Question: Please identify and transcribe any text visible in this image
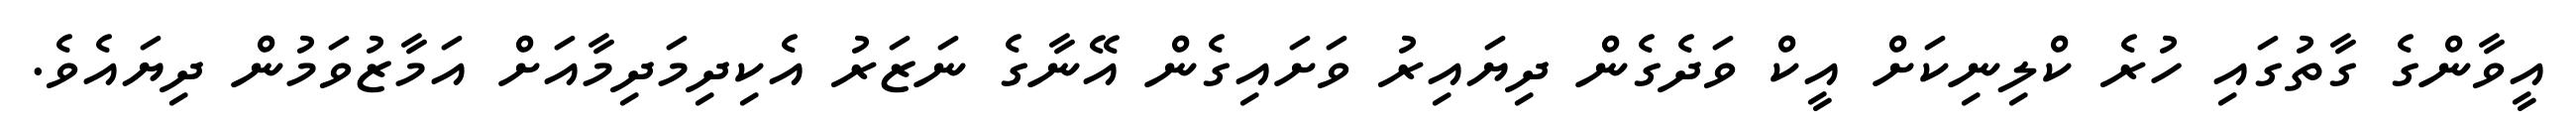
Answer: އީވާންގެ ގާތުގައި ހުރެ ކްލިނިކަށް އީކް ވަދެގެން ދިޔައިރު ވަށައިގެން އޭނާގެ ނަޒަރު އެކިދިމަދިމާއަށް އަމާޒުވަމުން ދިޔައެވެ.